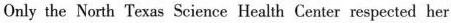
Only the North Texas Science Health Center respected her